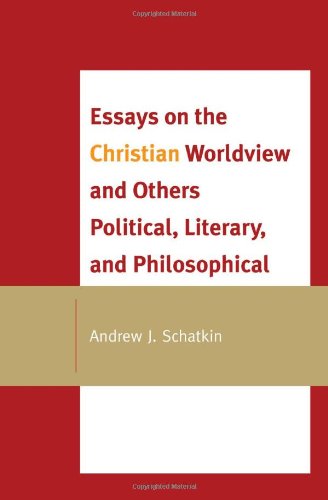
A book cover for Essays on the Christian Worldview and Others Political, Literary, and Philosophical; Andrew J. Schatkin; Religion & Spirituality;